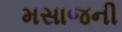
મસાજની